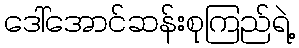
ဒေါ်အောင်ဆန်းစုကြည်ရဲ့